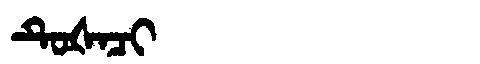
Manchu: ᡨᡠᡧᠠᠴᡳ
Romanization: TUŠACI